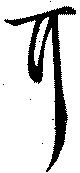
耳